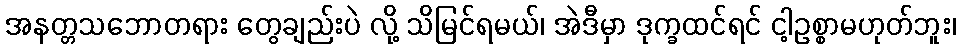
အနတ္တသဘောတရား တွေချည်းပဲ လို့ သိမြင်ရမယ်၊ အဲဒီမှာ ဒုက္ခထင်ရင် ငါ့ဥစ္စာမဟုတ်ဘူး၊